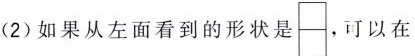
(2)如果从左面看到的形状是，可以在